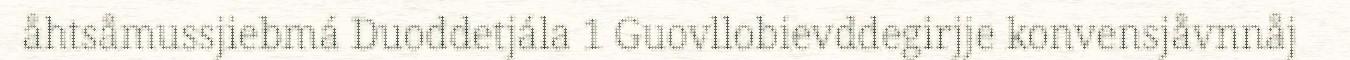
åhtsåmussjiebmá Duoddetjála 1 Guovllobievddegirjje konvensjåvnnåj